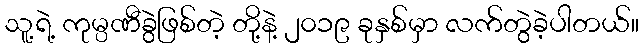
သူ့ရဲ့ ကုမ္ပဏီခွဲဖြစ်တဲ့ တို့နဲ့ ၂၀၁၉ ခုနှစ်မှာ လက်တွဲခဲ့ပါတယ်။